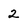
Character: 2